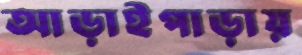
আড়াইপাড়ায়